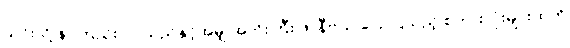
ယင်းသို့ နာကြည်းလာသည်နှင့်အမျှ အဘိုးကြီး ဖာနီဗယ် ပြောပြသည့် စကားလုံးများထဲကို